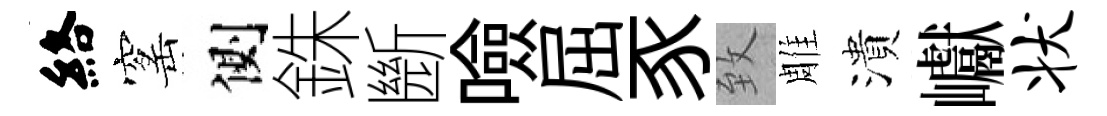
絡窰側銖㫁噞屈豕致雕潰巘状